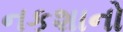
નકશાનો